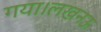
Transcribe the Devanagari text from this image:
गया।लखनऊ